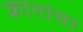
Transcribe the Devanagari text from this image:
कानांचा